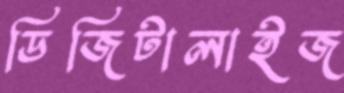
ডিজিটালাইজ